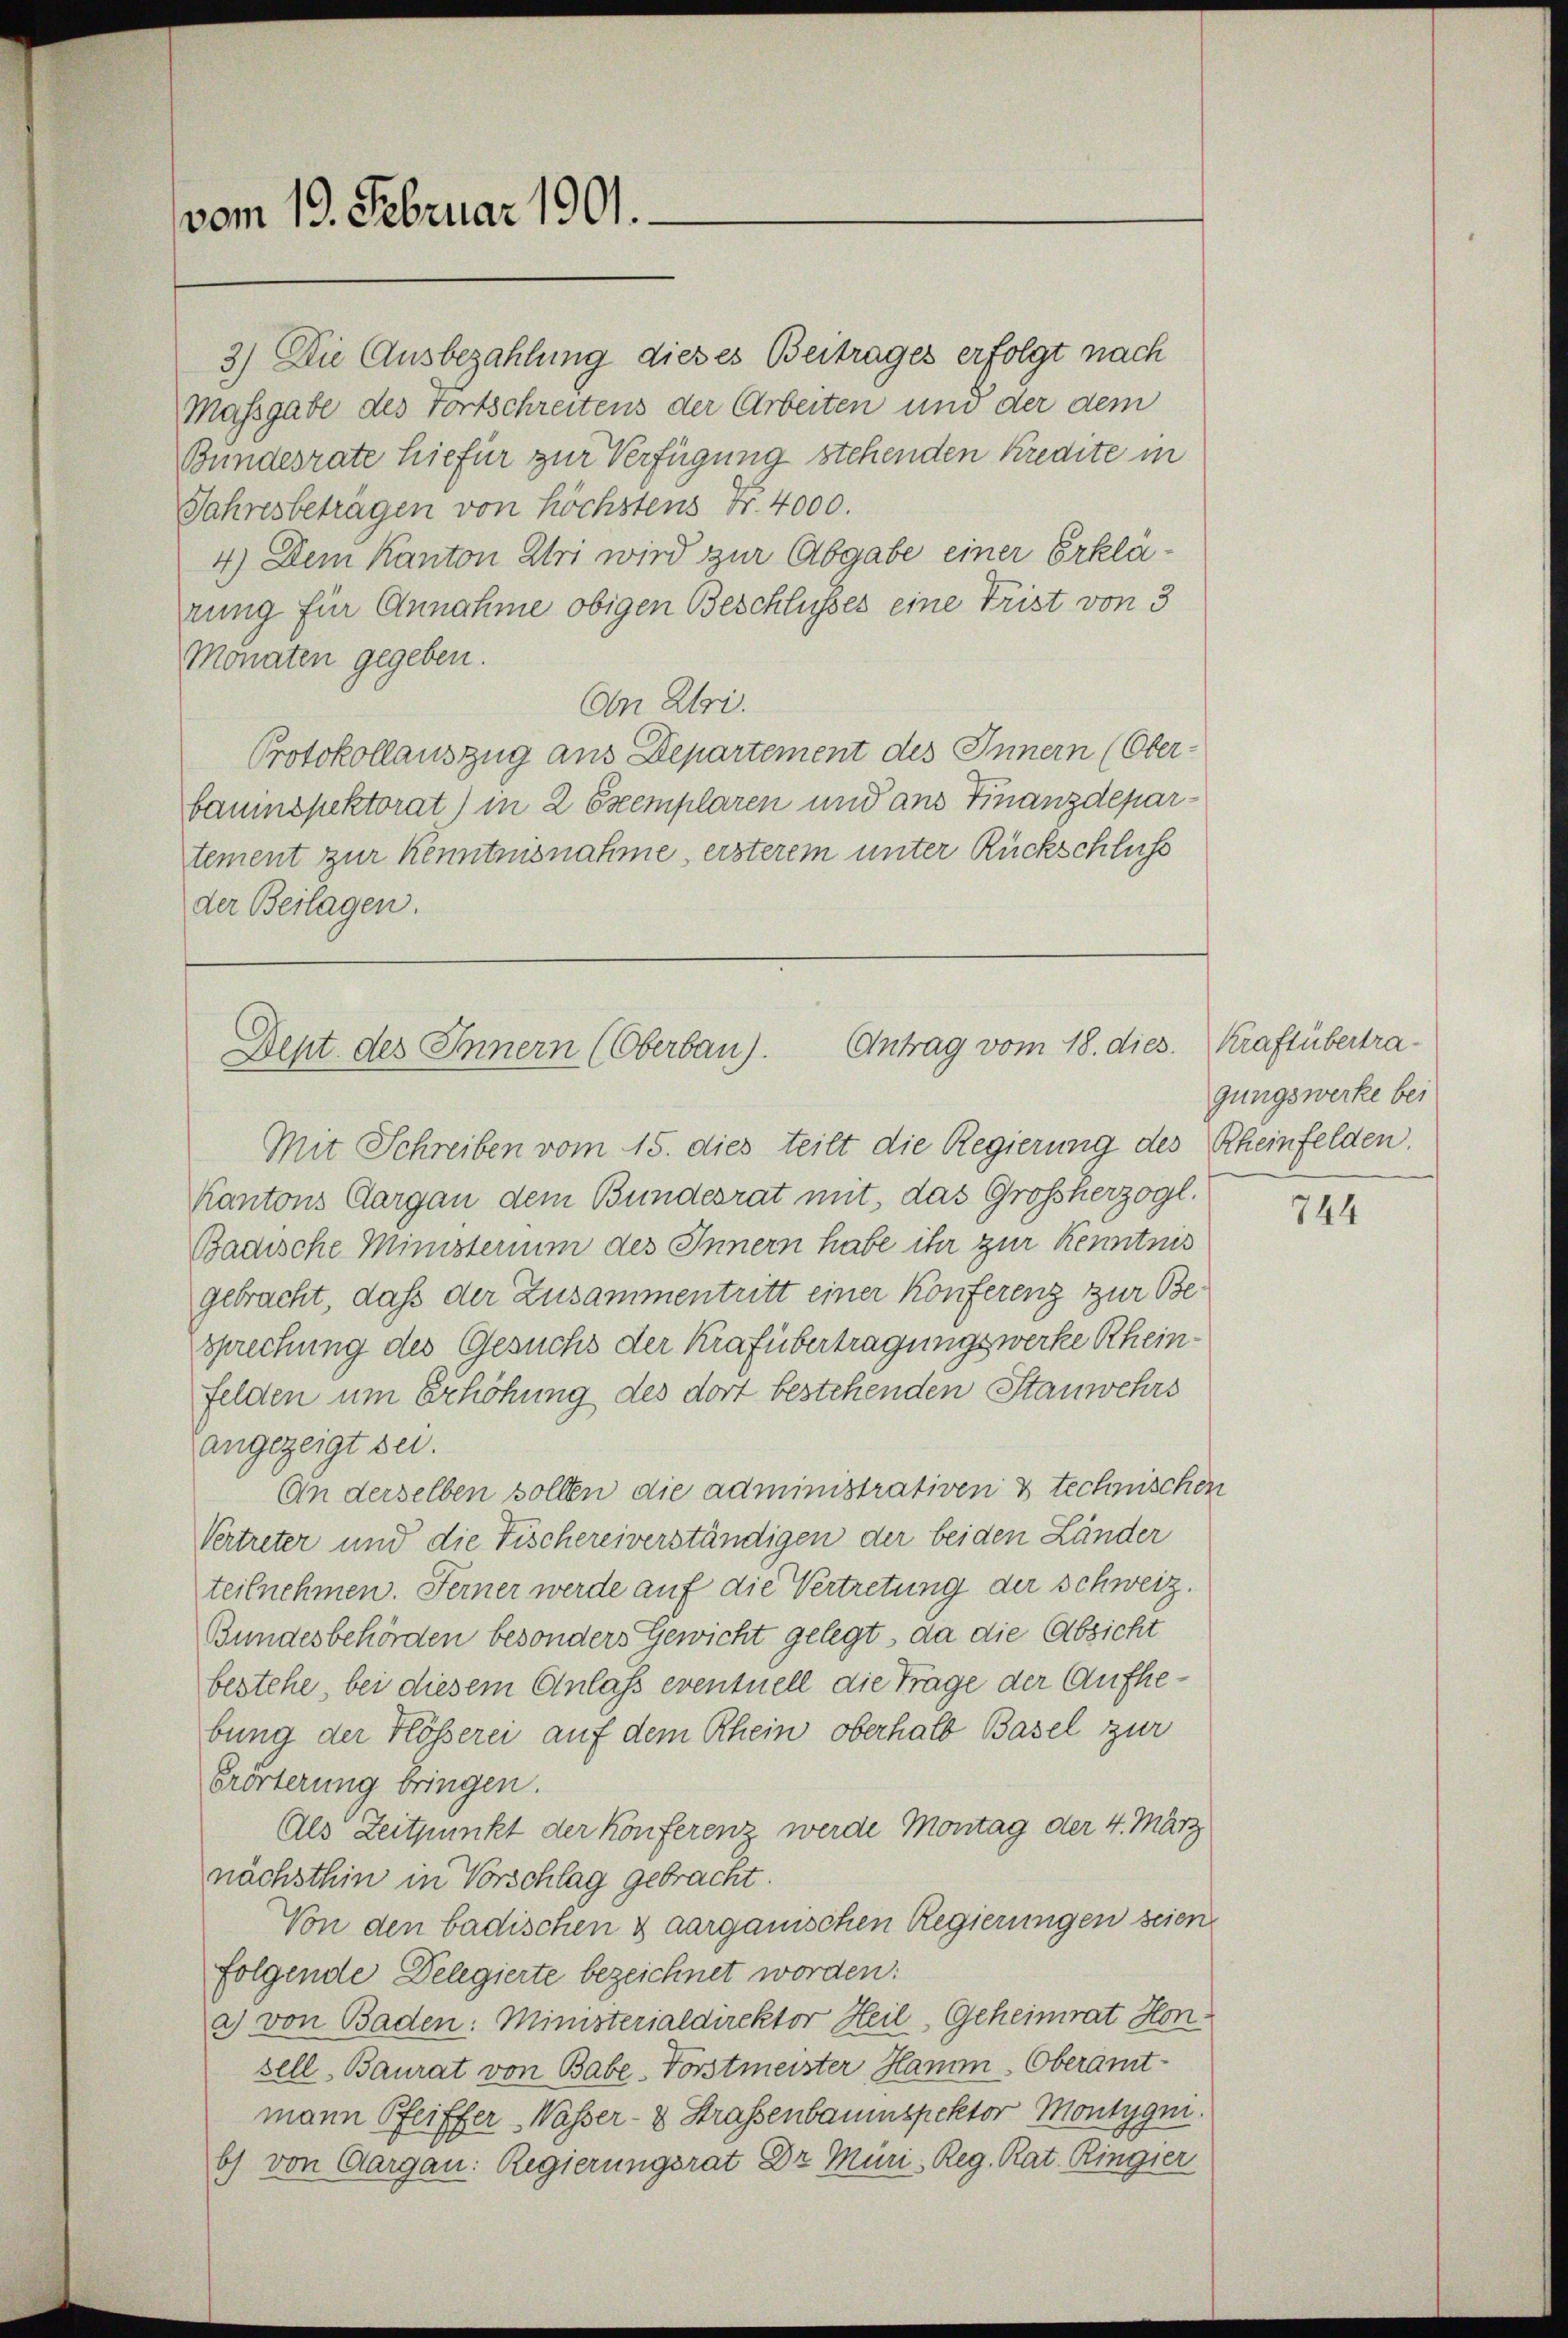
vom 19. Februar 1901.

3) Die Ausbezahlung dieses Beitrages erfolgt nach
Massgabe des Fortschreitens der Arbeiten und der dem
Bundesrate hiefür zur Verfügung stehenden Kredite in
Jahresbeträgen von höchstens Fr. 4000.
4.) Dem Kanton Uri wird zur Abgabe einer Erklärung für Annahme obigen Beschlusses eine Trist von 3
Monaten gegeben.
An Uri.
Protokollauszug aus Departement des Innern (Ober-
baumspektorat) in 2 Exemplaren und aus Finanzdepartement zur Kenntnisnahme, ersterem unter Rückschluss
der Beilagen.

Antrag vom 18. dies. Kraftübertra¬
Dept des Innern (Oberbau).

Mit Schreiben vom 15. dies teilt die Regierung des Rheinfelden.
Kantons Cargau dem Bundesrat mit, das Großherzogl.
Badische Ministerium des Innern habe ihr zur Kenntnis
gebracht, daß der Zusammentritt einer Konferenz zur Besprechung des Gesuchs der Krafübertragungswerke Rheinfelden um Erhöhung des dort bestehenden Stanwehrs
angezeigt sei.
An derselben sollen die administrativen 3 technischen
Vertreter und die Fischereiverständigen der beiden Länder
teilnehmen. Ferner werde auf die Vertretung der Schweiz.
Bundesbehörden besonders Gewicht gelegt, da die Absicht
bestehe, bei diesem Anlass eventuell die Trage der Aufhebung der Flösserei auf dem Rhein oberhalb Basel zur
Erörterung bringen.
Als Zeitpunkt der Konferenz werde Montag der 4. März
nächsthin in Vorschlag gebracht.
Von den badischen & aargauischen Regierungen seien
folgende Delegierte bezeichnet worden:
a) von Baden: Ministerialdirektor Heil, Geheimrat Hon
sell, Baurat von Babe-Vorstmeister Hamm Oberamtmann Pfeiffer Wasser- & Strassenbauenspektor Montygm.
bs von Aargau: Regierungsrat Dr. Müri Reg. Rat. Ringier

gungswerke bei

744